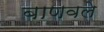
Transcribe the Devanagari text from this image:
बाणवले